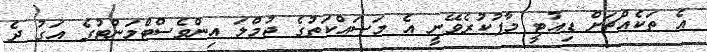
އެ ތަކެއްޗަށް ޑިއުޓީ މާފުކުރެވޭނީ އެ މަސައްކަތުގެ ޖުމްލަ އިންވެސްޓްމަންޓުގެ އަގު ދެ